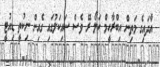
އާދައިގެ މަތިން އިބްރާހީމް ކަލޯ ރޭ ވެސް ސައިކަލުގައި ގެއިން ނިކުތީ ޑިއުޓީ